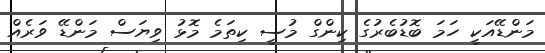
މަންޑޭއަކީ ހަމަ ބޮޑުބެރުގެ ކިންގް މުސީ ކިތަމެ މޮޅު ވިޔަސް މަންޑޭ ވަރެއް